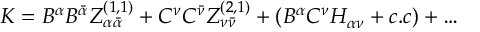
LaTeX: K = B ^ { \alpha } B ^ { \bar { \alpha } } Z _ { \alpha { \bar { \alpha } } } ^ { ( 1 , 1 ) } + C ^ { \nu } C ^ { \bar { \nu } } Z _ { \nu { \bar { \nu } } } ^ { ( 2 , 1 ) } + ( B ^ { \alpha } C ^ { \nu } H _ { \alpha \nu } + c . c ) + \dots